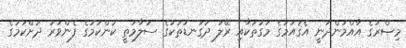
މިޞްރުގެ އާއްމުންދަނީ އެޤައުމުގެ މަގުތަކާއި ރޭލު ދަގަނޑުތަކުގެ ސަލާމަތީ ކަންކަމުގެ ފެންވަރު ދަށްކަމުގެ